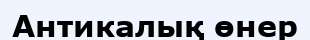
Антикалық өнер